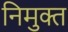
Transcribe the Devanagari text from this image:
निमुक्त